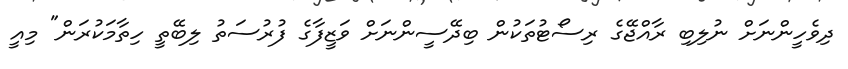
ދިވެހީންނަށް ނުލިބި ރާއްޖޭގެ ރިސޯޓުތަކުން ބިދޭސީންނަށް ވަޒީފާގެ ފުރުސަތު ލިބޭތީ ހިތާމަކުރަން" މިއީ